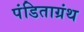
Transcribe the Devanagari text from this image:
पंडिताग्रंथ